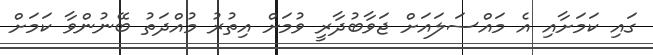
ގައި ކަމަށާއި އެ މައްސަލައަށް ޖަވާބުދާރީ ވުމަށް އިތުރު މުއްދަތު ބޭނުންވާ ކަމަށް